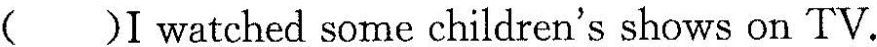
( )I watched some children's shows on TV.